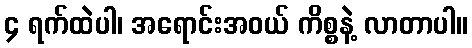
၄ ရက်ထဲပါ၊ အရောင်းအဝယ် ကိစ္စနဲ့ လာတာပါ။